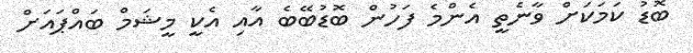
ބޮޑު ކަމަކަށް ވާނެތީ އެންމެ ފަހުން ބޮޑުބޭބެ އާއި އެކީ މީޝަމް ބައްޕައަށް